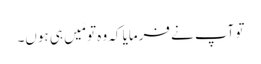
تو آپ نے فرمایا کہ وہ تو مَیں ہی ہوں۔